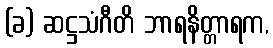
(ခ) ဆဋ္ဌသံဂီတိ ဘာရနိတ္တာရက,